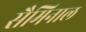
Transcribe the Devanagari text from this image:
सैमिनाल